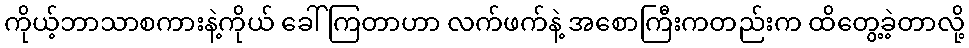
ကိုယ့်ဘာသာစကားနဲ့ကိုယ် ခေါ်ကြတာဟာ လက်ဖက်နဲ့ အစောကြီးကတည်းက ထိတွေ့ခဲ့တာလို့